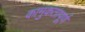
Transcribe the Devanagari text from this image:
कामुकतापूर्ण